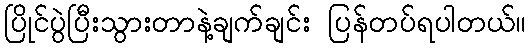
ပြိုင်ပွဲပြီးသွားတာနဲ့ချက်ချင်း ပြန်တပ်ရပါတယ်။